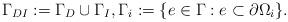
LaTeX: \begin{align*}\Gamma_{DI} & := \Gamma_D \cup \Gamma_I,\Gamma_i := \{e \in \Gamma: e \subset \partial \Omega_i \}.\end{align*}